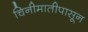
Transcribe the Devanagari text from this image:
चिनीमातीपासून